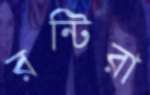
রন্টিরা